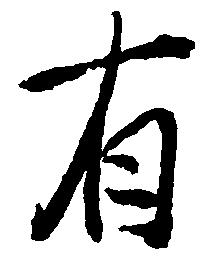
有